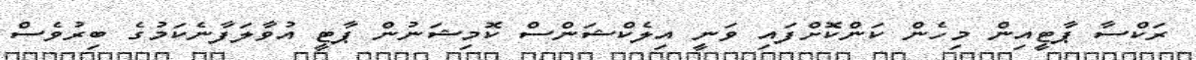
ރަކްސާ ޕާޓީއިން މިހެން ކަންކޮށްފައި ވަނީ އިލެކްޝަންސް ކޮމިޝަނުން ޕާޓީ އުވާލަފާނެކަމުގެ ބިރުވެސް